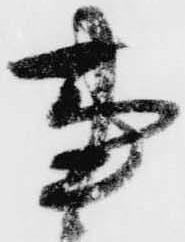
事